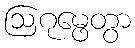
ဩဂုမ္ဖေတွာ